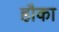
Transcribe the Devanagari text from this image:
हौका